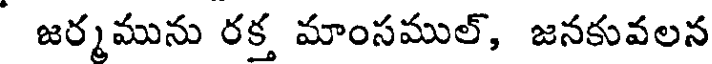
జర్మమును రక్త మాంసముల్, జనకువలన